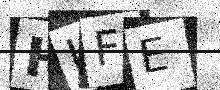
Text: HHFE